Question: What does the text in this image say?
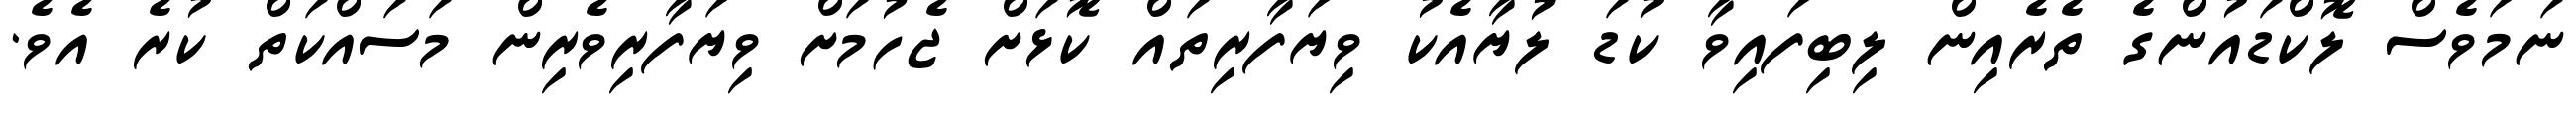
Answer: ނަމަވެސް ލޮކްޑައުންގެ ތެރެއިން ލިބިފައިވާ ކުޑަ ލުޔާއެކު ވިޔަފާރިތައް ކޮޅަށް ޖެހުމަށް ވިޔަފާރިވެރިން މަސައްކަތް ކުރެ އެވެ.